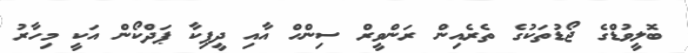
ބޮލީވުޑްގެ ޖޯޑުތަކުގެ ތެރެއިން ރަންވީރް ސިންހް އާއި ދީޕިކާ ޕަދްކޯން އަކީ މިހާރު